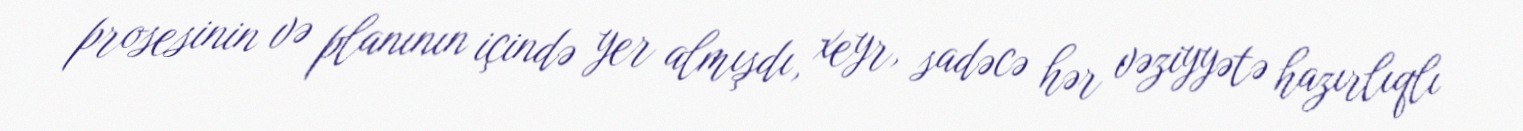
prosesinin və planının içində yer almışdı, xeyr, sadəcə hər vəziyyətə hazırlıqlı